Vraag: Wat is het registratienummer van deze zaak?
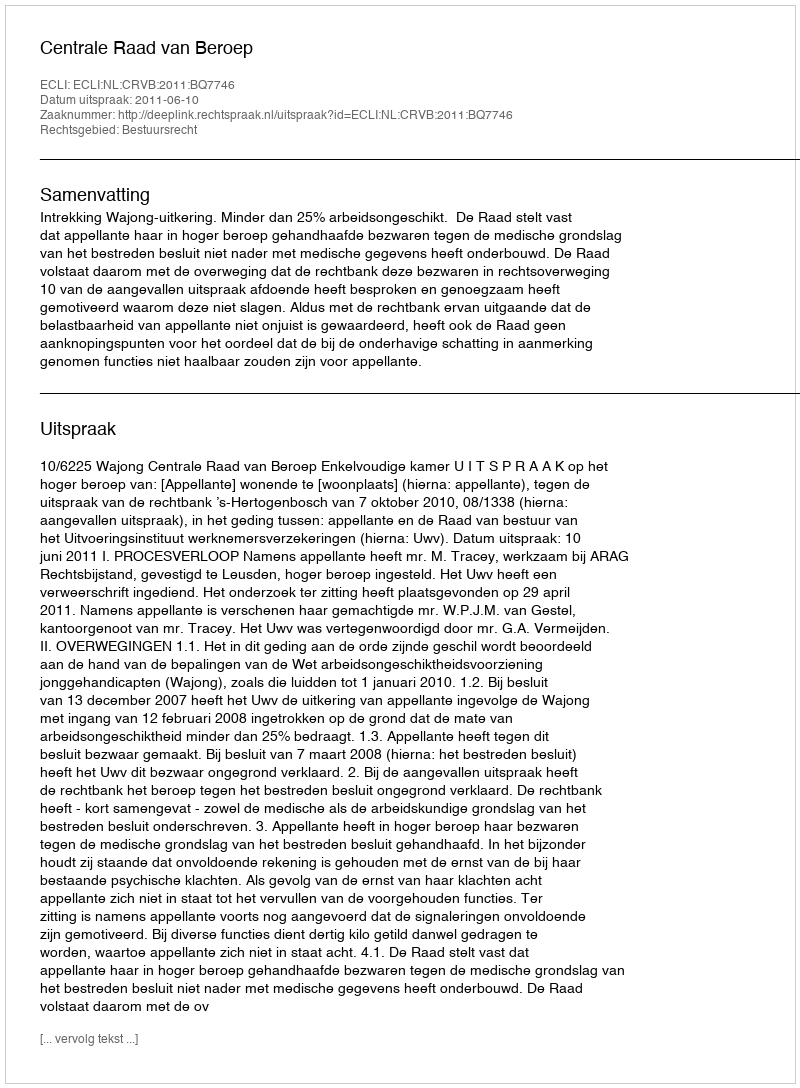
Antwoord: http://deeplink.rechtspraak.nl/uitspraak?id=ECLI:NL:CRVB:2011:BQ7746